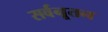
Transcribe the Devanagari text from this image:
सर्वनूतन